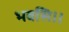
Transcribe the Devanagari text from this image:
भवसि।।